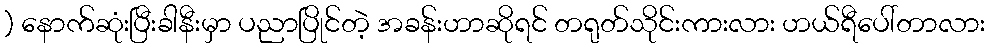
) နောက်ဆုံးပြီးခါနီးမှာ ပညာပြိုင်တဲ့ အခန်းဟာဆိုရင် တရုတ်သိုင်းကားလား ဟယ်ရီပေါ်တာလား